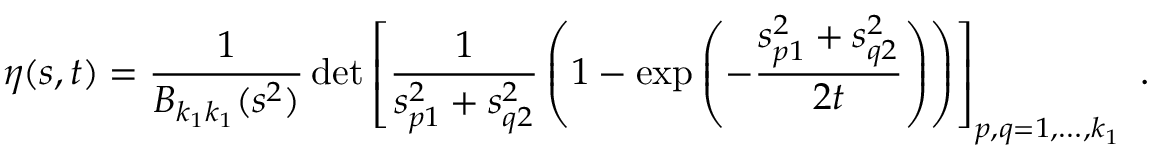
\eta ( s , t ) = \frac { 1 } { B _ { k _ { 1 } k _ { 1 } } ( s ^ { 2 } ) } \, \mathrm { d e t } \left[ \frac { 1 } { s _ { p 1 } ^ { 2 } + s _ { q 2 } ^ { 2 } } \left( 1 - \exp \left( - \frac { s _ { p 1 } ^ { 2 } + s _ { q 2 } ^ { 2 } } { 2 t } \right) \right) \right] _ { p , q = 1 , \ldots , k _ { 1 } } \ .